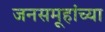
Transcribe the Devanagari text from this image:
जनसमूहांच्या